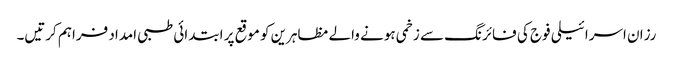
رزان اسرائیلی فوج کی فائرنگ سے زخمی ہونے والے مظاہرین کو موقع پر ابتدائی طبی امداد فراہم کرتیں۔